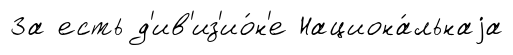
За есть д'ив'из'ио́н'е Национа́льнаjа